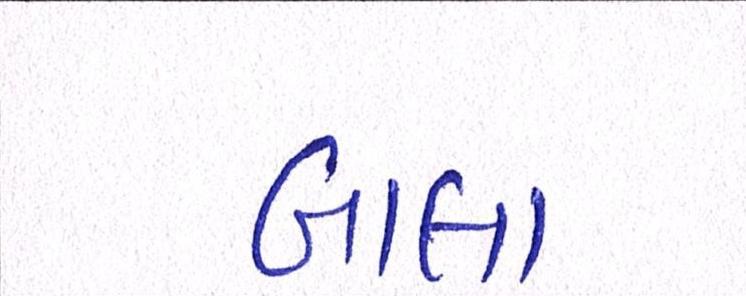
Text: બાલા